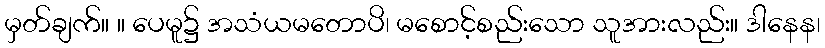
မှတ်ချက်။ ။ ပေမူ၌ အသံယမတောပိ၊ မစောင့်စည်းသော သူအားလည်း။ ဒါနေန၊